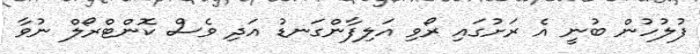
ފުލުހުން ބުނީ އެ ރަށުގައި ރޯވި އަލިފާންގަނޑު އަދި ވެސް ކޮންޓްރޯލް ނުވާ